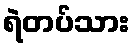
ရဲတပ်သား